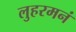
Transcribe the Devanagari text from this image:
लुहरमनं